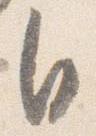
自